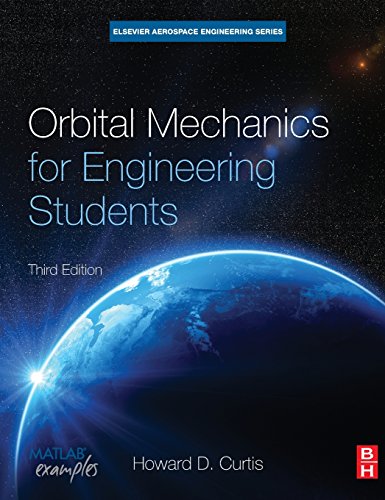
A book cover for Orbital Mechanics for Engineering Students, Third Edition (Aerospace Engineering); Howard Curtis; Engineering & Transportation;